Medical and sanitary report on the native army of Bombay for the year
Year: 1879
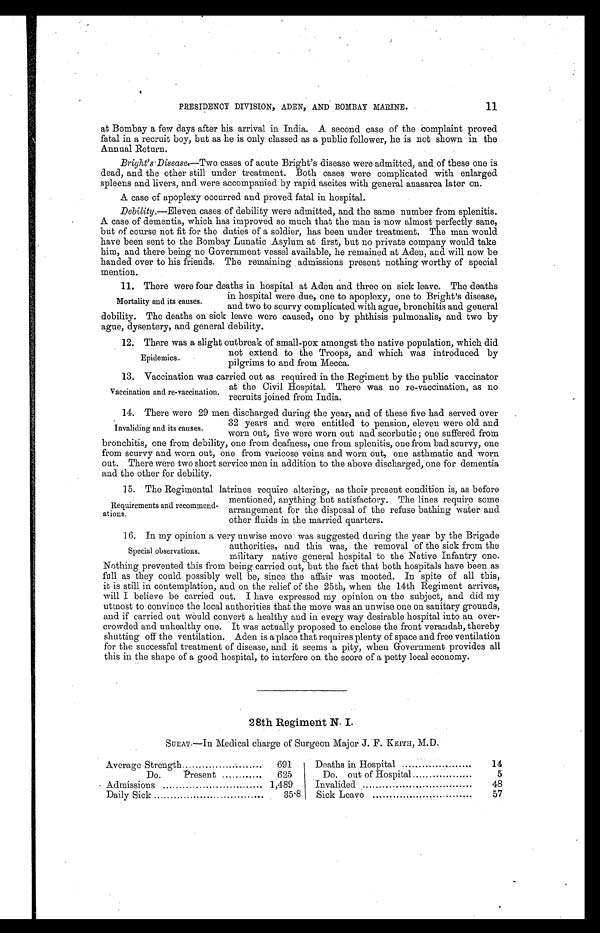
11
PRESIDENCY DIVISION, ADEN, AND BOMBAY MARINE.
at Bombay a few clays after his arrival in India. A second case of the complaint proved
fatal in a recruit boy, but as he is only classed as a public follower, he is not shown in the
Annual Return.
Bright’s Disease.—Two cases of acute Bright’s disease were admitted, and of these one is
dead, and the other still under treatment. Both cases were complicated with enlarged
spleens and livers, and were accompanied by rapid ascites with general anasarca later on.
A case of apoplexy occurred and proved fatal in hospital.
Debility .—Eleven cases of debility were admitted, and the same number from splenitis.
A case of dementia, which has improved so much that the man is now almost perfectly sane,
but of course not fit for the duties of a soldier, has been under treatment. The man would
have been sent to the Bombay Lunatic Asylum at first, but no private company would take
him, and there being no Government vessel available, he remained at Aden, and will now be
handed over to his friends. The remaining admissions present nothing worthy of special
mention.
11. There were four deaths in hospital at Aden and three on sick leave. The deaths
Mortality and its causes.
in hospital were due, one to apoplexy, one to Bright’s disease,
and two to scurvy complicated with ague, bronchitis and g eneral
debility. The deaths on sick leave were caused, one by phthisis pulmonalis, and two by
ague, dysentery, and general debility.
12. There was a slight outbreak of small-pox amongst the native population, which did
Epidemics.
not extend to the Troops, and which was introduced by
pilgrims to and from Mecca.
13. Vaccination was carried out as required in the Regiment by the public vaccinator
Vaccination and re-vaccination. at the Civil Hospital. There was no re-vaccination, as no
recruits joined from India.
14. There were 29 men discharged during the year, and of these five had served over
32 years and were entitled to pension, eleven were old and
worn out, five were worn out and scorbutic ; one suffered from
bronchitis, one from debility, one from deafness, one from splenitis, one from bad scurvy, one
from scurvy and worn out, one from varicose veins and worn out, one asthmatic and worn
out. There were two short service men in addition to the above discharged, one for dementia
and the other for debility.
15. The Regimental latrines require altering, as their present condition is, as before
Invaliding and its causes.
Requirements and recommend-
ations.
mentioned, anything but satisfactory. The lines require some
arrangement for the disposal of the refuse bathing water and
other fluids in the married quarters.
16. In my opinion a very unwise move was suggested during the year by the Brigade
authorities, and this was, the removal of the sick from the
military native general hospital to the Native Infantry one.
Nothing prevented this from being carried out, but the fact that both hospitals have been as
full as they could possibly well be, since the affair was mooted. In spite of all this,
it is still in contemplation, and on the relief of the 25th, when the 14th Regiment arrives,
will I believe be carried out. I have expressed my opinion on the subject, and did my
utmost to convince the local authorities that the move was an unwise one on sanitary grounds,
and if carried out would convert a healthy and in every way desirable hospital into an over-
-
crowded and unhealthy one. It was actually proposed to enclose the front verandah, thereby
shutting off the ventilation. Aden is a place that requires plenty of space and free ventilation
for the successful treatment of disease, and it seems a pity, when Government provides all
this in the shape of a good hospital, to interfere on the score of a petty local economy.
28th Regiment N. I.
SURAT.—In Medical charge of Surgeon Major J. F. KEITH, M.D.
Special observations.
Average Strength
691
Do.
present
.....
625
Admissions
1,489
Daily Sick
...
35.8
Deaths in Hospital
14
Do. out of Hospital
5
Invalided
48
Sick Leave
57